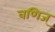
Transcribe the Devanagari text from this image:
वणिज्